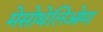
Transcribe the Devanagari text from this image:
मेसोथेलिओमा